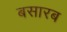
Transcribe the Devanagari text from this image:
बसारब